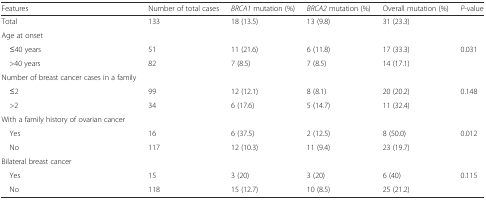
<table><thead><tr><td><b>Features</b></td><td><b>Number of total cases</b></td><td><b><i>BRCA1</i> mutation (%)</b></td><td><b><i>BRCA2</i> mutation (%)</b></td><td><b>Overall mutation (%)</b></td><td><b><i>P</i>-value</b></td></tr></thead><tbody><tr><td>Total</td><td>133</td><td>18 (13.5)</td><td>13 (9.8)</td><td>31 (23.3)</td><td></td></tr><tr><td>Age at onset</td><td></td><td></td><td></td><td></td><td></td></tr><tr><td> ≤40 years</td><td>51</td><td>11 (21.6)</td><td>6 (11.8)</td><td>17 (33.3)</td><td rowspan="2">0.031</td></tr><tr><td> &gt;40 years</td><td>82</td><td>7 (8.5)</td><td>7 (8.5)</td><td>14 (17.1)</td></tr><tr><td>Number of breast cancer cases in a family</td><td></td><td></td><td></td><td></td><td></td></tr><tr><td> ≤2</td><td>99</td><td>12 (12.1)</td><td>8 (8.1)</td><td>20 (20.2)</td><td rowspan="2">0.148</td></tr><tr><td> &gt;2</td><td>34</td><td>6 (17.6)</td><td>5 (14.7)</td><td>11 (32.4)</td></tr><tr><td>With a family history of ovarian cancer</td><td></td><td></td><td></td><td></td><td></td></tr><tr><td> Yes</td><td>16</td><td>6 (37.5)</td><td>2 (12.5)</td><td>8 (50.0)</td><td rowspan="2">0.012</td></tr><tr><td> No</td><td>117</td><td>12 (10.3)</td><td>11 (9.4)</td><td>23 (19.7)</td></tr><tr><td>Bilateral breast cancer</td><td></td><td></td><td></td><td></td><td></td></tr><tr><td> Yes</td><td>15</td><td>3 (20)</td><td>3 (20)</td><td>6 (40)</td><td rowspan="2">0.115</td></tr><tr><td> No</td><td>118</td><td>15 (12.7)</td><td>10 (8.5)</td><td>25 (21.2)</td></tr></tbody></table>